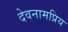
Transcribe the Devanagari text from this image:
देवनामप्रिय